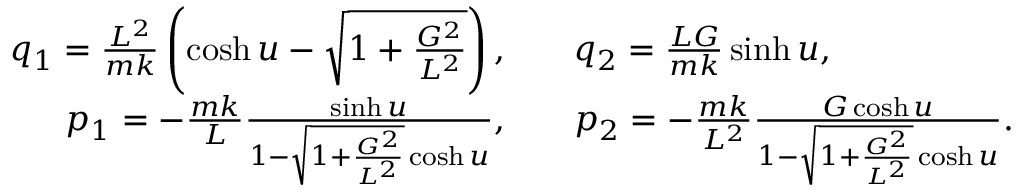
\begin{array} { r l } { q _ { 1 } = \frac { L ^ { 2 } } { m k } \left( \cosh u - \sqrt { 1 + \frac { G ^ { 2 } } { L ^ { 2 } } } \right) , \quad } & { q _ { 2 } = \frac { L G } { m k } \sinh u , } \\ { p _ { 1 } = - \frac { m k } { L } \frac { \sinh u } { 1 - \sqrt { 1 + \frac { G ^ { 2 } } { L ^ { 2 } } } \cosh u } , \quad } & { p _ { 2 } = - \frac { m k } { L ^ { 2 } } \frac { G \cosh u } { 1 - \sqrt { 1 + \frac { G ^ { 2 } } { L ^ { 2 } } } \cosh u } . } \end{array}